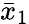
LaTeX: {\bar{x}}_{1}